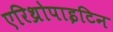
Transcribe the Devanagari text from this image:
एरिथ्रोपाइटिन